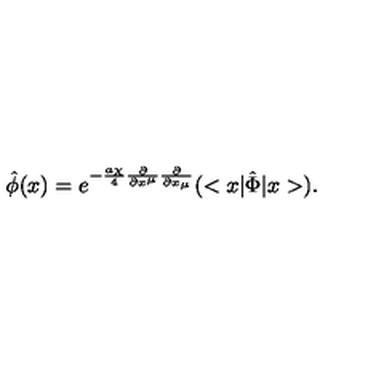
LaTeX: \hat { \phi } ( x ) = e ^ { - \frac { a { \chi } } { 4 } { \frac { \partial } { { \partial } x ^ { \mu } } } { \frac { \partial } { { \partial } x _ { \mu } } } } ( < x | { \hat { \Phi } } | x > ) .